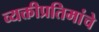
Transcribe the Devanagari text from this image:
व्यक्तीप्रतिमांचे